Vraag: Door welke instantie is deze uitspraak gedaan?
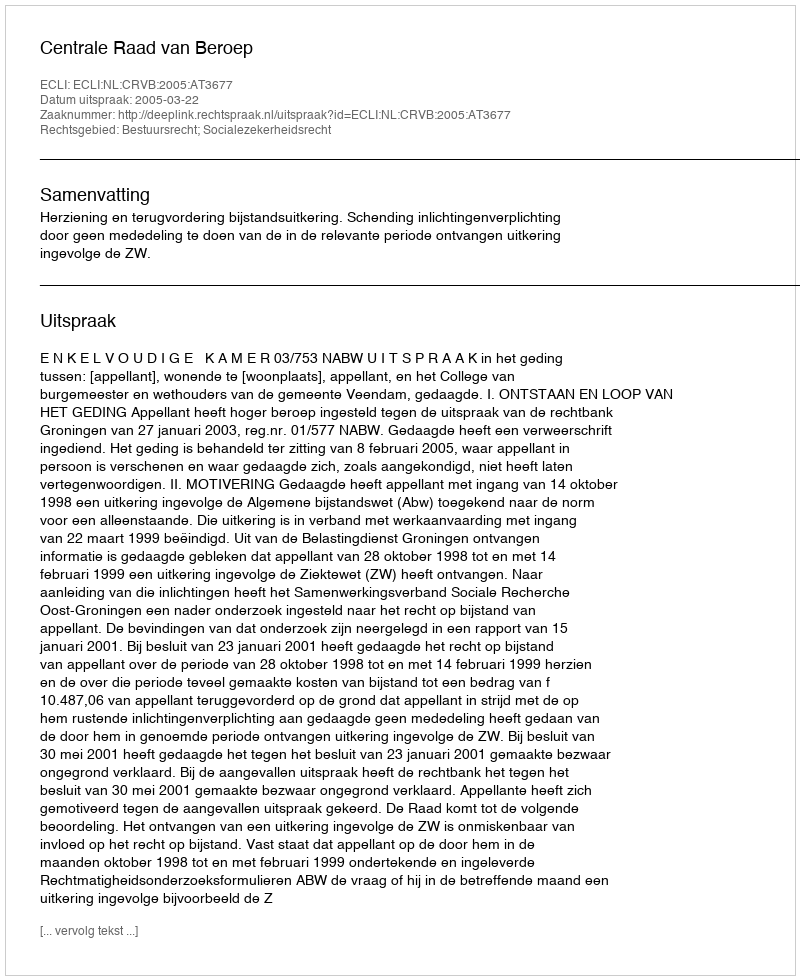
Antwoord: Centrale Raad van Beroep